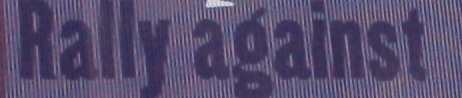
Rally against